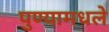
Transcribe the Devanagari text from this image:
पुण्यामधले